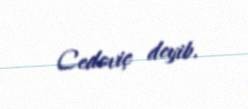
Cedoviç deyib.